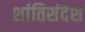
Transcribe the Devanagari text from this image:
शांतिसंदेश